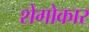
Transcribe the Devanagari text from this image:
शेगोकार